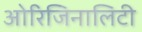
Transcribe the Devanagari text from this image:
ओरिजिनालिटी